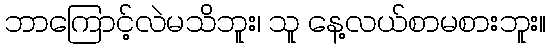
ဘာကြောင့်လဲမသိဘူး၊ သူ နေ့လယ်စာမစားဘူး။